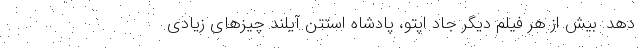
دهد. بیش از هر فیلم دیگر جاد اپتو، پادشاه استتن آیلند چیزهای زیادی